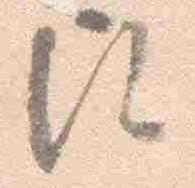
歟